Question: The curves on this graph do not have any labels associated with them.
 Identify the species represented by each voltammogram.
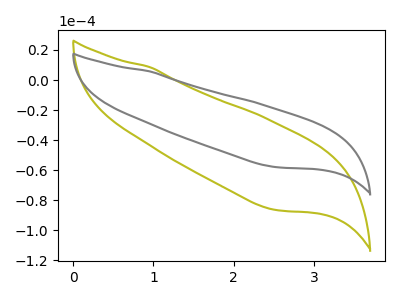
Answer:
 <answer>The olive curve does not have a label. The gray curve does not have a label.</answer>
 <eval></eval>